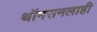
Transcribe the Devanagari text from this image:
थॉमसनलाही